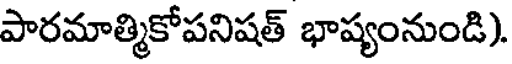
పారమాత్మికోపనిషత్ భాష్యంనుండి).